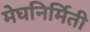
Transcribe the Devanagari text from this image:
मेघनिर्मिती